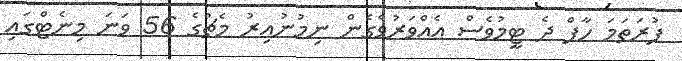
ފުރަތަަމަ ހާފް ދެ ޓީމުވެސް އެއްވަރުވެގެން ނިމުނުއިރު މެޗުގެ 56 ވަނަ މިނެޓްގައި